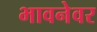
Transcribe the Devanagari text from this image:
भावनेवर